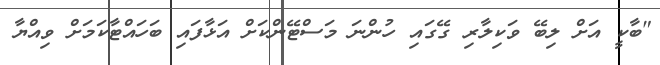
"ބާކީ އަށް ލިބޭ ވަކިލާރި ގޭގައި ހުންނަ މަސްޓޭންކަށް އަޅާފައި ބަހައްޓާކަމަށް ވިއްޔާ